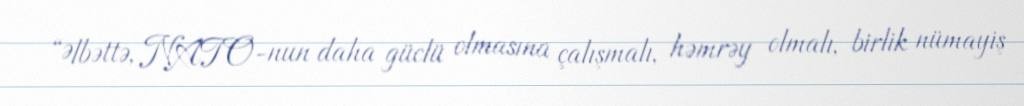
“Əlbəttə, NATO-nun daha güclü olmasına çalışmalı, həmrəy olmalı, birlik nümayiş